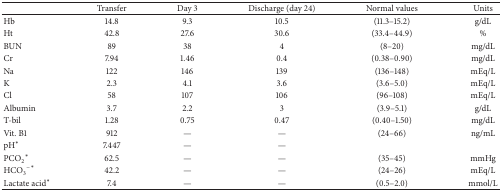
<table><thead><tr><td><b> </b></td><td><b>Transfer</b></td><td><b>Day 3</b></td><td><b>Discharge (day 24)</b></td><td><b>Normal values</b></td><td><b>Units</b></td></tr></thead><tbody><tr><td>Hb </td><td>14.8</td><td>9.3</td><td>10.5</td><td>(11.3–15.2)</td><td>g/dL</td></tr><tr><td>Ht</td><td>42.8</td><td>27.6</td><td>30.6</td><td>(33.4–44.9)</td><td>%</td></tr><tr><td>BUN</td><td>89</td><td>38</td><td>4</td><td>(8–20)</td><td>mg/dL</td></tr><tr><td>Cr</td><td>7.94</td><td>1.46</td><td>0.4</td><td>(0.38–0.90)</td><td>mg/dL</td></tr><tr><td>Na</td><td>122</td><td>146</td><td>139</td><td>(136–148)</td><td>mEq/L</td></tr><tr><td>K</td><td>2.3</td><td>4.1</td><td>3.6</td><td>(3.6–5.0)</td><td>mEq/L</td></tr><tr><td>Cl</td><td>58</td><td>107</td><td>106</td><td>(96–108)</td><td>mEq/L</td></tr><tr><td>Albumin</td><td>3.7</td><td>2.2</td><td>3</td><td>(3.9–5.1)</td><td>g/dL</td></tr><tr><td>T-bil</td><td>1.28</td><td>0.75</td><td>0.47</td><td>(0.40–1.50)</td><td>mg/dL</td></tr><tr><td>Vit. B1</td><td>912</td><td>—</td><td>—</td><td>(24–66)</td><td>ng/mL</td></tr><tr><td>pH<sup><i>∗</i></sup></td><td>7.447</td><td>—</td><td>—</td><td> </td><td> </td></tr><tr><td>PCO<sub>2</sub><sup><i>∗</i></sup></td><td>62.5</td><td>—</td><td>—</td><td>(35–45)</td><td>mmHg</td></tr><tr><td>HCO<sub>3</sub><sup>−</sup><sup><i>∗</i></sup></td><td>42.2</td><td>—</td><td>—</td><td>(24–26)</td><td>mEq/L</td></tr><tr><td>Lactate acid<sup><i>∗</i></sup></td><td>7.4</td><td>—</td><td>—</td><td>(0.5–2.0)</td><td>mmol/L</td></tr></tbody></table>